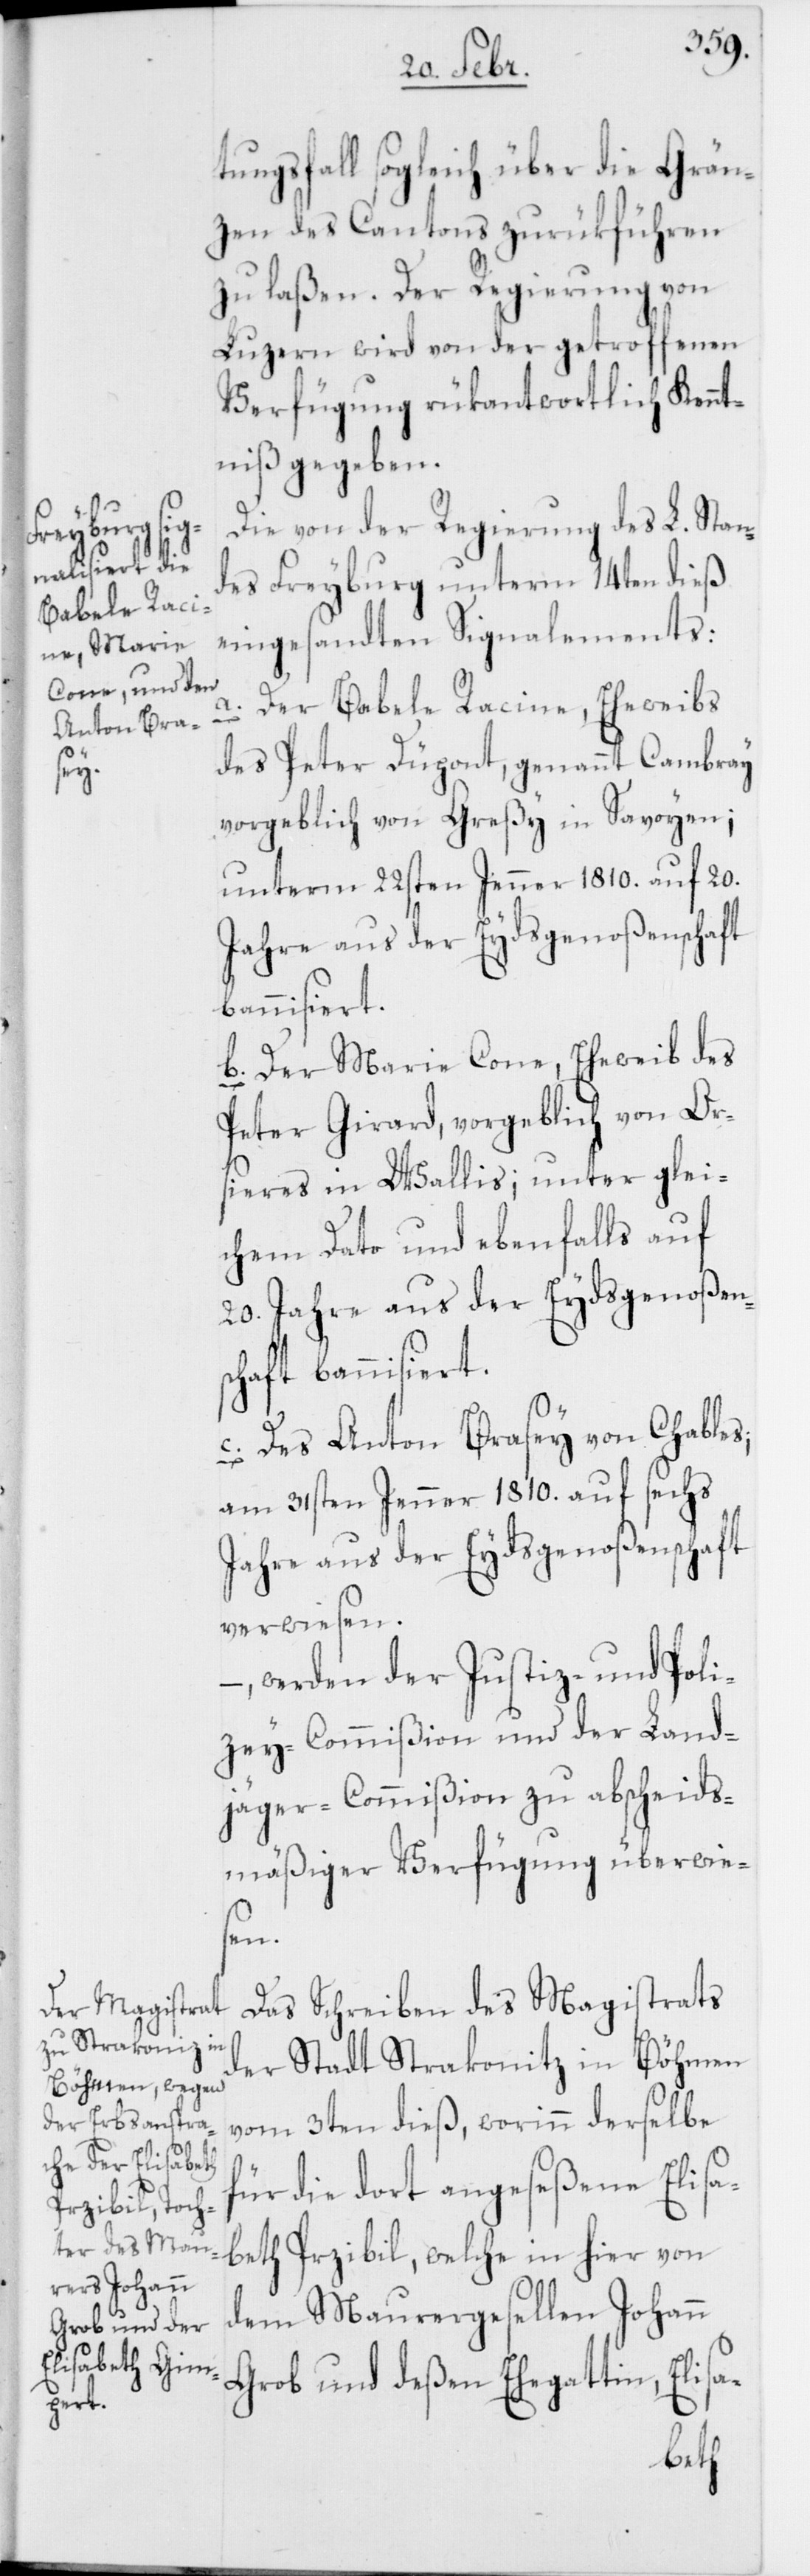
ungsfall sogleich über die Grän¬
zen des Cantons zurükführen
zu laßen. Der Regierung von
Luzern wird von der getroffenen
Verfügung rückantwortlich Kennt¬
niß gegeben.
Die von der Regierung des L. Stan¬
des Freyburg unterm 14ten dieß
eingesandten Signalements:
a. Der Babele Racine, Eheweibs
des Peter Düpont, genannt Cambray,
vorgeblich von Greßy in Savoyen;
unterm 22ten Jenner 1810. auf 20.
Jahre aus der Eydsgenoßenschaft
bannisiert.
b. Der Marie Cone, Eheweib des
Peter Girard, vorgeblich von Or¬
sieres im Wallis; unter glei¬
chem Dato und ebenfalls auf
20. Jahre aus der Eydsgenoßen¬
schaft bannisiert.
c. Des Anton Brasey von Chables;
am 31sten Jenner 1810. auf sechs
Jahre aus der Eydsgenoßenschaft
verwiesen.
werden der Justiz- und Poli¬
zey-Commißion und der Land¬
jäger-Commißion zu abscheids¬
mäßiger Verfügung überwie¬
sen.
Das Schreiben des Magistrats
der Stadt Strakonitz in Böhmen
vom 3ten dieß, worinn derselbe
für die dort angeseßene Elisa¬
beth Przibil, welche in hier von
dem Maurergesellen Johann
Grob und deßen Ehegattin, Elisa-